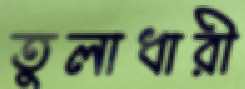
তুলাধারী